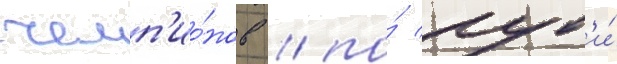
чемп'ио́нов / по́ пут'и́